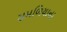
સમળિયાના